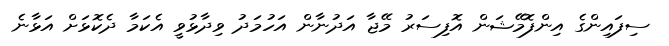
ސިފައިންގެ އިންފޮމޭޝަން އޮފިސަރު މޭޖާ އަދުނާން އަހުމަދު ވިދާޅުވީ އެކަމާ ދެކޮޅަށް އަޅާނެ